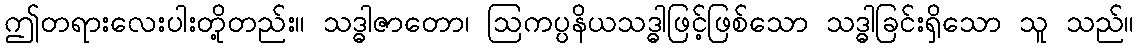
ဤတရားလေးပါးတို့တည်း။ သဒ္ဓါဇာတော၊ ဩကပ္ပနိယသဒ္ဓါဖြင့်ဖြစ်သော သဒ္ဓါခြင်းရှိသော သူ သည်။